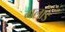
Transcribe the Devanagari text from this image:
गलांड